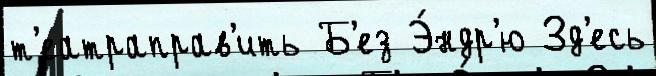
т'еатраправ'ить Б'ез Э́ндр'ю Зд'есь